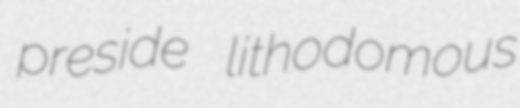
preside lithodomous